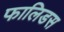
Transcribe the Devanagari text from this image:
फालिडस